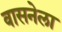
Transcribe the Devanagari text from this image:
वासनेला